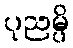
ပုညမ္ပိ